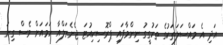
އަދި އެ މައްސަލަތަކުގެ ތަހުގީގު ނިންމާފައި ޕްރޮސިކިއުޓަ ޖެނެރަލްއާ ހަމައަށް ވެސް ގިނަ